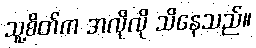
သူ့စိတ်က အလိုလို သိနေသည်။